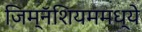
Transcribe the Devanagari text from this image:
जिम्नॅशियममध्ये